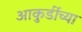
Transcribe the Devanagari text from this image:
आकुर्डीच्या